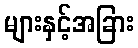
များနှင့်အခြား